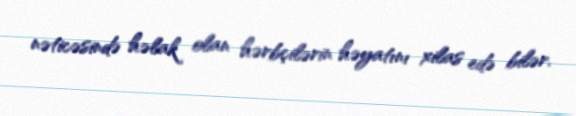
nəticəsində həlak olan hərbçilərin həyatını xilas edə bilər.